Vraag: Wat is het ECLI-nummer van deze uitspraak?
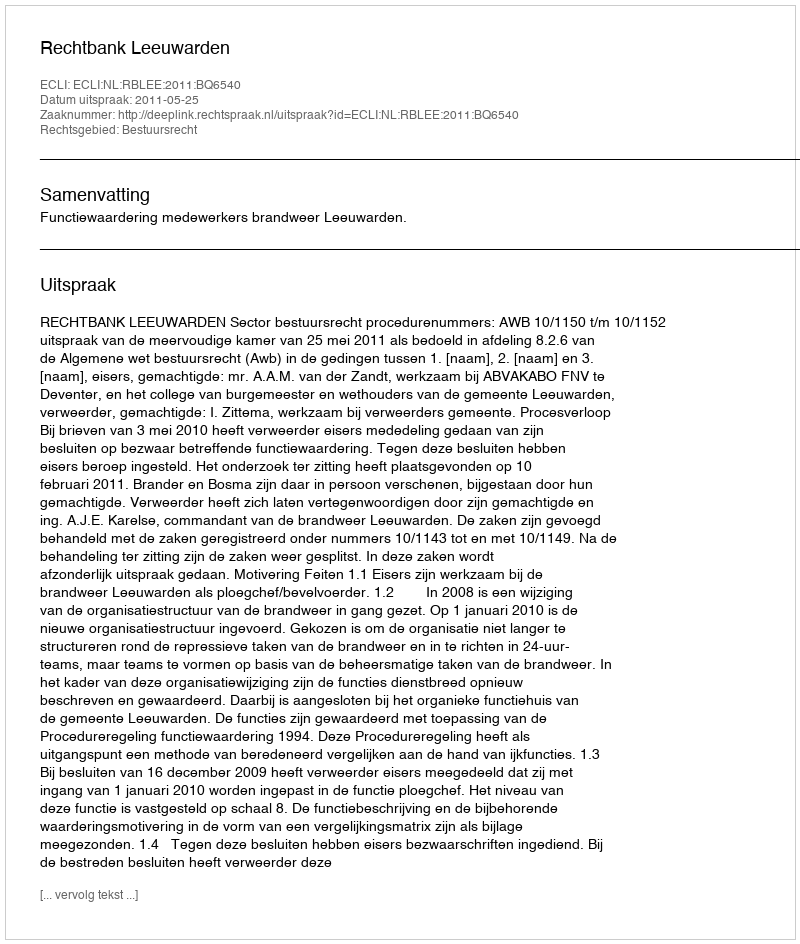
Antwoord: ECLI:NL:RBLEE:2011:BQ6540